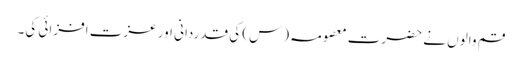
قم والوں نے حضرت معصومہ (س) کی قدردانی اور عزت افزائی کی۔